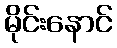
မိုင်းနောင်